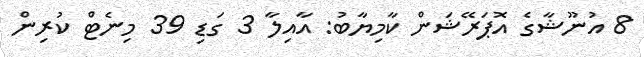
8 އުނޫޝާގެ އޮޕަރޭޝަން ކާމިޔާބު: އާއިލާ 3 ގަޑި 39 މިނެޓް ކުރިން